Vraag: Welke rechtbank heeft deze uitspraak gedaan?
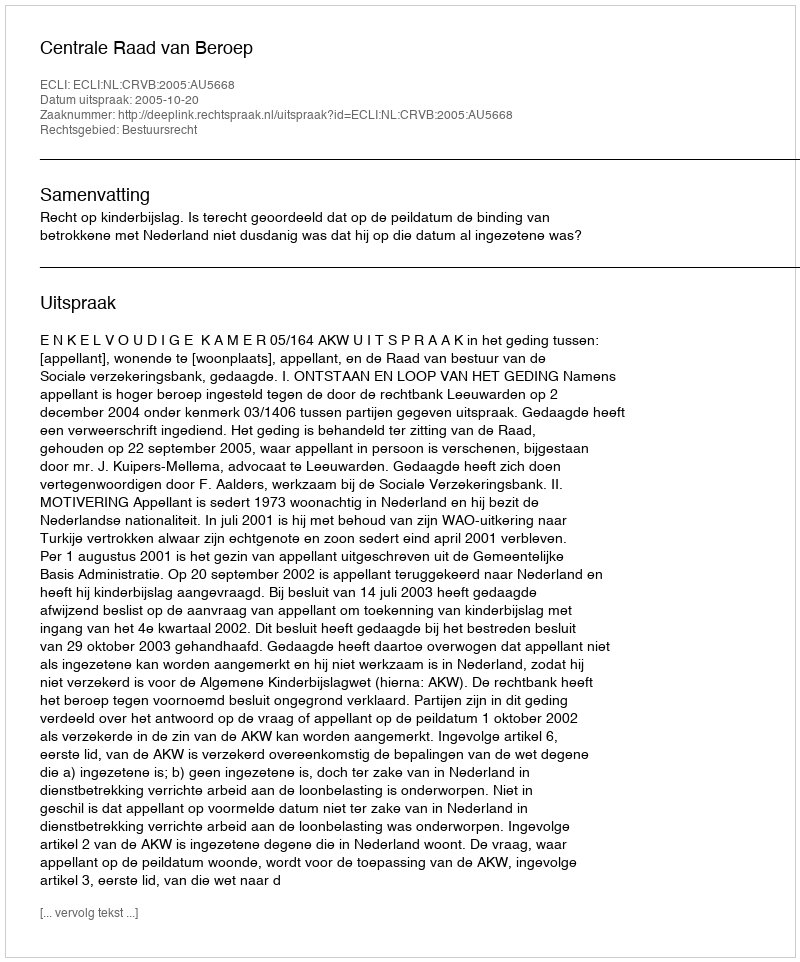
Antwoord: Centrale Raad van Beroep